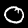
Digit: 0